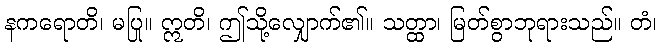
နကရောတိ၊ မပြု။ ဣတိ၊ ဤသို့လျှောက်၏။ သတ္ထာ၊ မြတ်စွာဘုရားသည်။ တံ၊